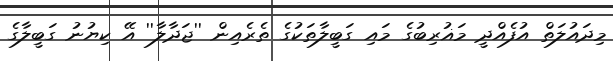
މިދައުލަތް އުފެއްދީ މަޣުރިބުގެ މައި ގަބީލާތަކުގެ ތެރެއިން ''ޖަދާލާ'' އޭ ކިޔުނު ގަބީލާގެ